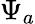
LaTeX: \Psi_{a}